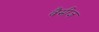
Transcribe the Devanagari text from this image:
वैमीज